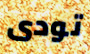
تودى